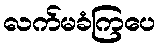
လက်မခံကြပေ